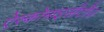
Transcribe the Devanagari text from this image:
ऐस्कोमाइसीटीज़